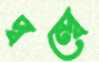
দ্বন্দ্বে